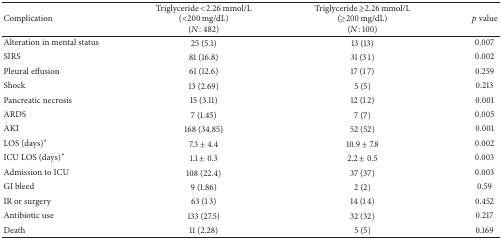
<table><thead><tr><td><b>Complication</b></td><td><b>Triglyceride &lt;2.26 mmol/L(&lt;200 mg/dL)(<i>N</i>: 482)</b></td><td><b>Triglyceride ≥2.26 mmol/L(≥200 mg/dL)(<i>N</i>: 100)</b></td><td><b><i>p</i> value</b></td></tr></thead><tbody><tr><td>Alteration in mental status</td><td>25 (5.1)</td><td>13 (13)</td><td>0.007</td></tr><tr><td>SIRS</td><td>81 (16.8)</td><td>31 (31)</td><td>0.002</td></tr><tr><td>Pleural effusion</td><td>61 (12.6)</td><td>17 (17)</td><td>0.259</td></tr><tr><td>Shock</td><td>13 (2.69)</td><td>5 (5)</td><td>0.213</td></tr><tr><td>Pancreatic necrosis</td><td>15 (3.11)</td><td>12 (12)</td><td>0.001</td></tr><tr><td>ARDS</td><td>7 (1.45)</td><td>7 (7)</td><td>0.005</td></tr><tr><td>AKI</td><td>168 (34.85)</td><td>52 (52)</td><td>0.001</td></tr><tr><td>LOS (days)<sup><i>∗</i></sup></td><td>7.3 ± 4.4</td><td>10.9 ± 7.8</td><td>0.002</td></tr><tr><td>ICU LOS (days)<sup><i>∗</i></sup></td><td>1.1 ± 0.3</td><td>2.2 ± 0.5</td><td>0.003</td></tr><tr><td>Admission to ICU</td><td>108 (22.4)</td><td>37 (37)</td><td>0.003</td></tr><tr><td>GI bleed</td><td>9 (1.86)</td><td>2 (2)</td><td>0.59</td></tr><tr><td>IR or surgery</td><td>63 (13)</td><td>14 (14)</td><td>0.452</td></tr><tr><td>Antibiotic use</td><td>133 (27.5)</td><td>32 (32)</td><td>0.217</td></tr><tr><td>Death</td><td>11 (2.28)</td><td>5 (5)</td><td>0.169</td></tr></tbody></table>